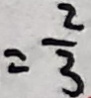
= \frac { 2 } { 3 }